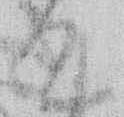
て